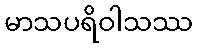
မာသပရိဝါသဿ